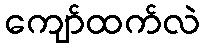
ကျော်ထက်လဲ